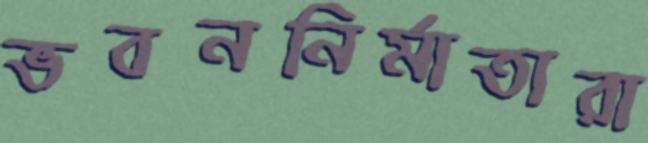
ভবননির্মাতারা